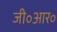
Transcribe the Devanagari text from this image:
जी॰आर॰